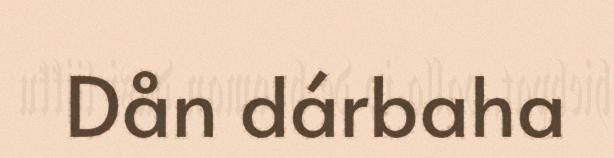
Dån dárbaha